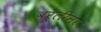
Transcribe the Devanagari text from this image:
बर्लीनर